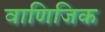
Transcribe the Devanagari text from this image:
वाणिजिक